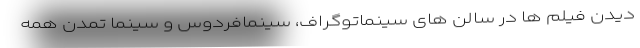
دیدن فیلم ها در سالن های سینماتوگراف، سینمافردوس و سینما تمدن همه